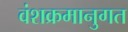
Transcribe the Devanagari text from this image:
वंशक्रमानुगत